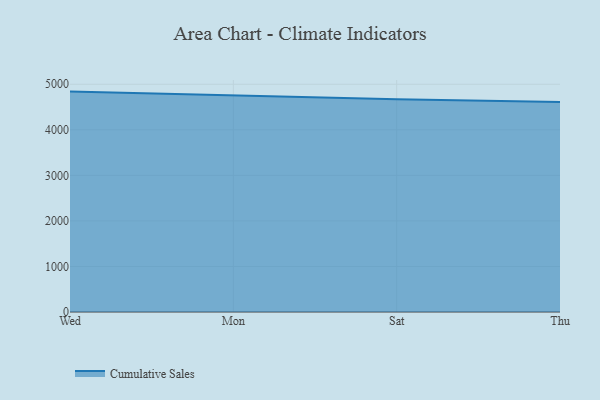
{"axis": {"x": "Day", "y": "LTV (USD)"}, "legend": ["Cumulative Sales"], "data": [{"x": "Wed", "y": 4838.7, "type": "Cumulative Sales"}, {"x": "Mon", "y": 4746.2, "type": "Cumulative Sales"}, {"x": "Sat", "y": 4669.4, "type": "Cumulative Sales"}, {"x": "Thu", "y": 4610.2, "type": "Cumulative Sales"}]}